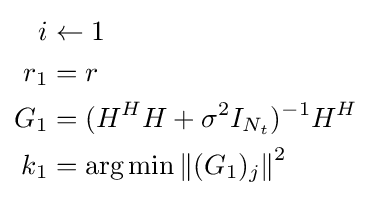
{\begin{aligned}i&\leftarrow 1\\r_{1}&=r\\G_{1}&=(H^{H}H+\sigma ^{2}I_{N_{t}})^{-1}H^{H}\\k_{1}&=\arg \min \left\|(G_{1})_{j}\right\|^{2}\\\end{aligned}}